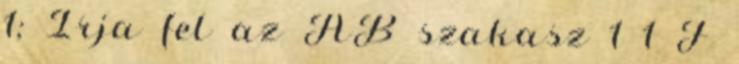
1; Írja fel az AB szakasz 1 1 F